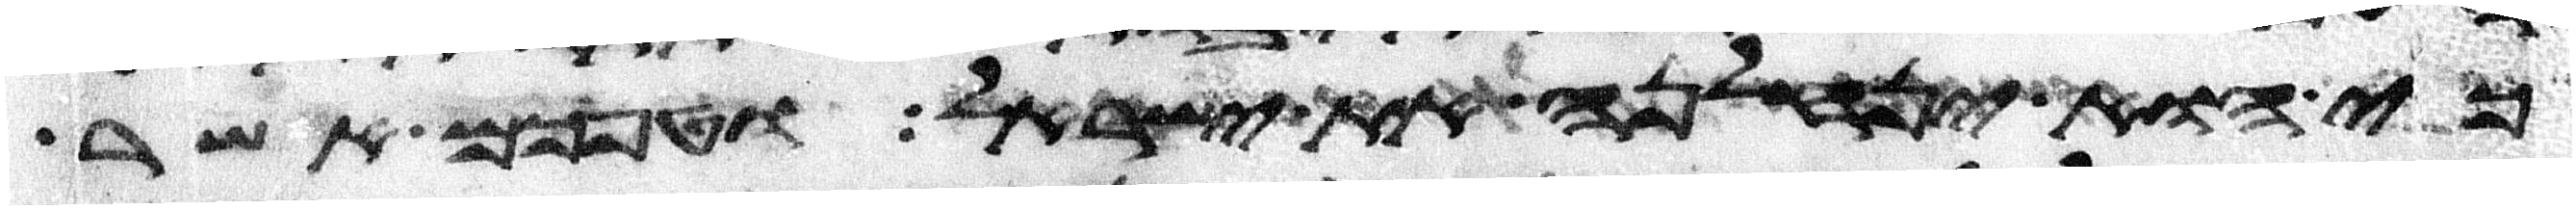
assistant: כי הוא ינחלנה את ישראל וטפכם אשר